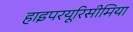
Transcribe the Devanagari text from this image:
हाइपरयूरिसीमिया